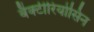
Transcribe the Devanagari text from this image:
बैक्टीरियोसिन